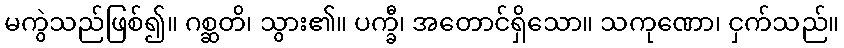
မကွဲသည်ဖြစ်၍။ ဂစ္ဆတိ၊ သွား၏။ ပက္ခီ၊ အတောင်ရှိသော။ သကုဏော၊ ငှက်သည်။